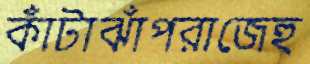
কাঁটাঝাঁপরাজেহু